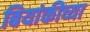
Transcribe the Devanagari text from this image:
बियांकीच्या